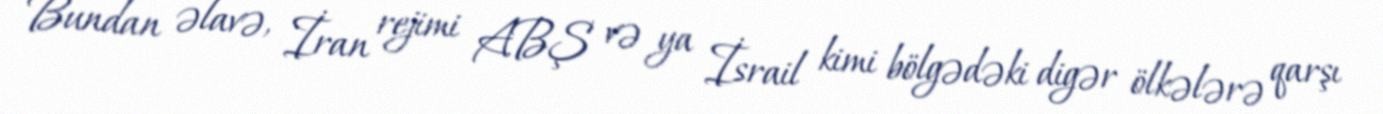
Bundan əlavə, İran rejimi ABŞ və ya İsrail kimi bölgədəki digər ölkələrə qarşı